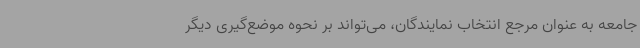
جامعه به عنوان مرجع انتخاب نمایندگان، می‌تواند بر نحوه موضع‌گیری دیگر